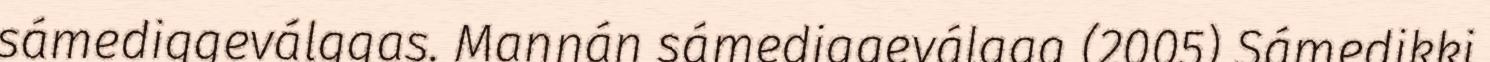
sámediggeválggas. Mannán sámediggeválgga (2005) Sámedikki